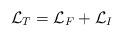
LaTeX: \begin{align*}{\cal L}_{T}={\cal L}_{F}+{\cal L}_{I} \end{align*}